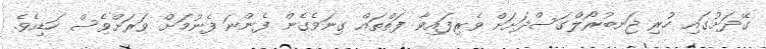
ގޭދަށުގައި ހުރި ޖަނބުރޯލްގަސްދަށަށް ވެރިފައިވާ ފަތްތައް ގިނަވެގެން ފެންނަ ފެނުމަށް ވަރަށްވެސް ހަޑިއެވެ.